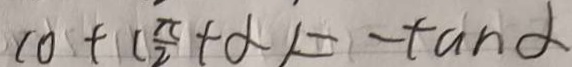
\cot ( \frac { \pi } { 2 } + \alpha ) = - \tan \alpha